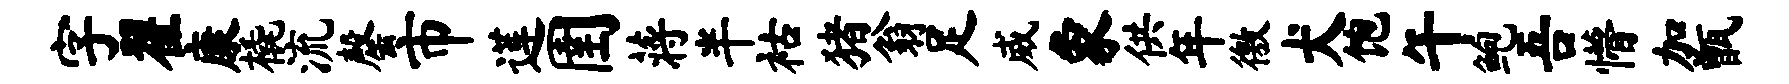
字翟康橇流罄市莲圉蒋半祜猪翁足威象供年徼犬饱午鲍吾懵加甑